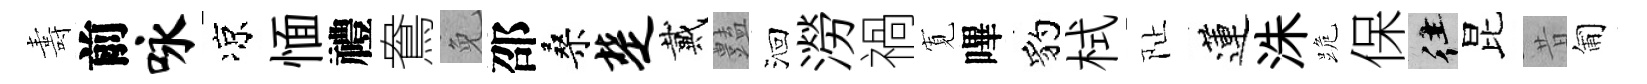
夀前咏凉愐禮鴦免邵桑楚戴𧰟洄澇禍𡩖嗶豹栻阯蓮洙跪保往昆昔匍